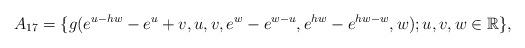
LaTeX: \begin{align*} A_{17}=\{g(e^{u-hw}-e^{u}+v,u,v,e^{w}-e^{w-u},e^{hw}-e^{hw-w},w); u, v, w \in \mathbb R\}, \end{align*}